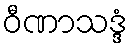
ဝီဏာသဒ္ဒံ